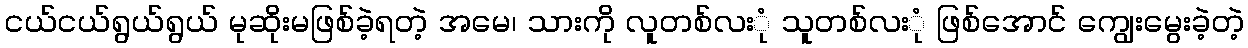
ငယ်ငယ်ရွယ်ရွယ် မုဆိုးမဖြစ်ခဲ့ရတဲ့ အမေ၊ သားကို လူတစ်လးုံ သူတစ်လးုံ ဖြစ်အောင် ကျွေးမွေးခဲ့တဲ့